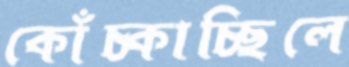
কোঁচ্‌কাচ্ছিলে